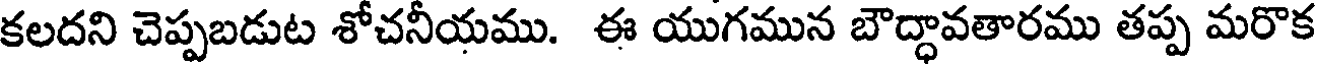
కలదని చెప్పబడుట శోచనీయము. ఈ యుగమున బౌద్ధావతారము తప్ప మరొక